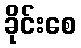
ခိုင်းစေ